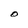
Character: O